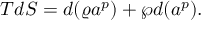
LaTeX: T d S = d ( \varrho a ^ { p } ) + \wp d ( a ^ { p } ) .